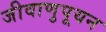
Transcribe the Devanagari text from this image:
जीवाणुपूयन